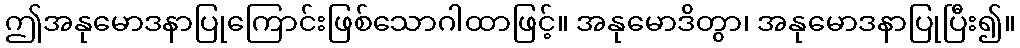
ဤအနုမောဒနာပြုကြောင်းဖြစ်သောဂါထာဖြင့်။ အနုမောဒိတွာ၊ အနုမောဒနာပြုပြီး၍။